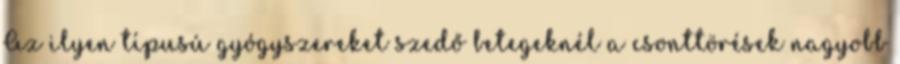
Az ilyen típusú gyógyszereket szedő betegeknél a csonttörések nagyobb